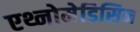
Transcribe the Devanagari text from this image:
एथ्नोमेडिसिन